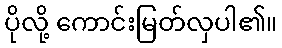
ပိုလို့ ကောင်းမြတ်လှပါ၏။